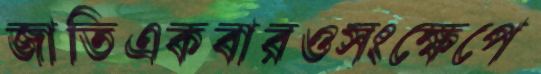
জাতিএকবারওসংক্ষেপে